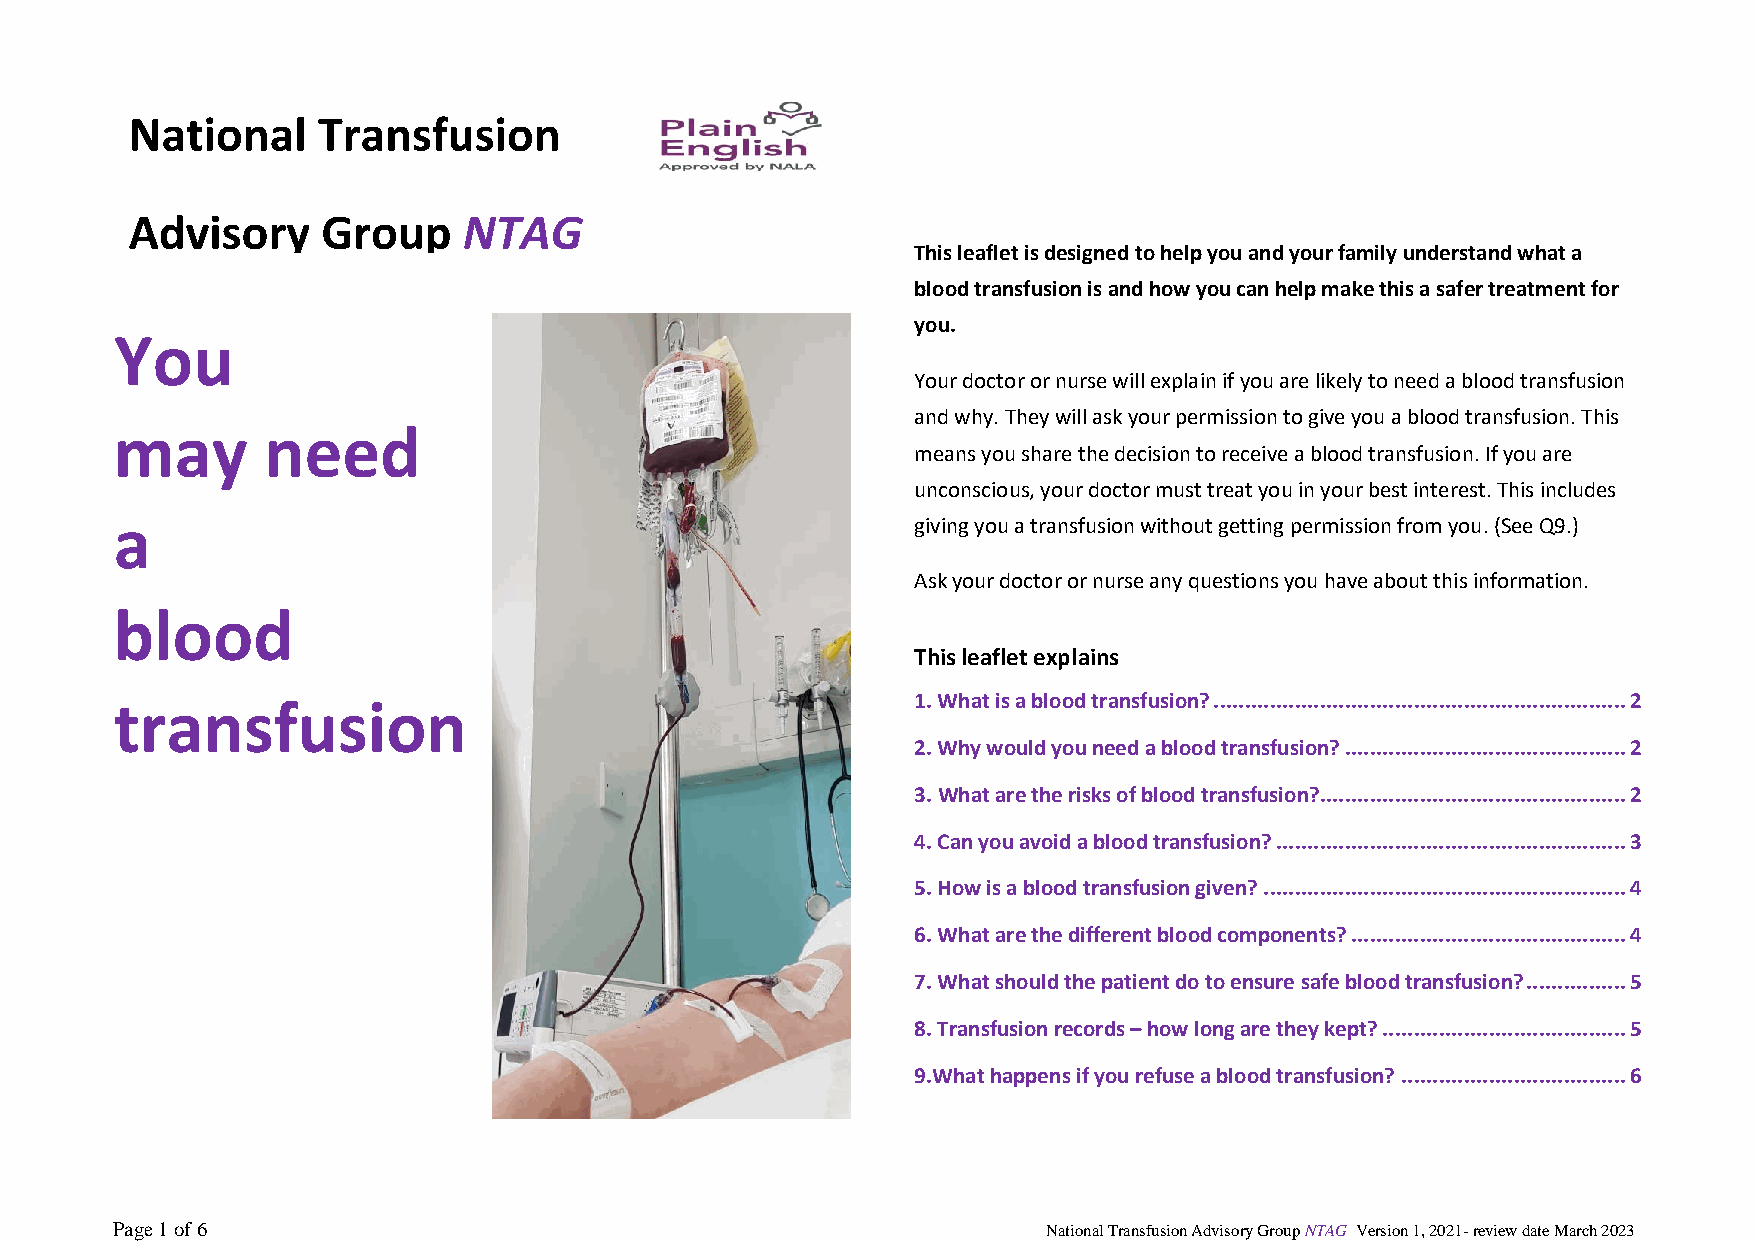
National    Transfusion
 Advisory    Group     NTAG
 This leaflet is designed to help you and your family understand what a
 blood transfusion is and how you can help make this a safer treatment for
 you.
 You
 Your doctor or nurse will explain if you are likely to need a blood transfusion
 and why. They will ask your permission to give you a blood transfusion. This
 may      need
 means you share the decision to receive a blood transfusion. If you are
 unconscious, your doctor must treat you in your best interest. This includes
 a                                                    giving you a transfusion without getting permission from you. (See Q9.)
 Ask your doctor or nurse any questions you have about this information.
 blood
 This leaflet explains
 transfusion                                          1. What is a blood transfusion? .................................................................. 2
 2. Why would you need a blood transfusion? ............................................. 2
 3. What are the risks of blood transfusion?................................................. 2
 4. Can you avoid a blood transfusion? ........................................................ 3
 5. How is a blood transfusion given? .......................................................... 4
 6. What are the different blood components? ............................................ 4
 7. What should the patient do to ensure safe blood transfusion? ................ 5
 8. Transfusion records – how long are they kept? ....................................... 5
 9.What happens if you refuse a blood transfusion? .................................... 6
 Page 1 of 6                                                   National Transfusion Advisory Group NTAG Version 1, 2021- review date March 2023